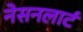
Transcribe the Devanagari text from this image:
नेसनलार्ट